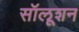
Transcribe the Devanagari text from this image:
सॉलूशन